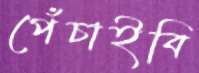
পেঁচাইবি